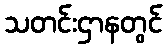
သတင်းဌာနတွင်